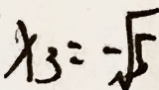
x _ { 3 } = - \sqrt { 5 }